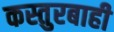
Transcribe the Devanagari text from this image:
कस्तुरबाही